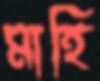
মাহি